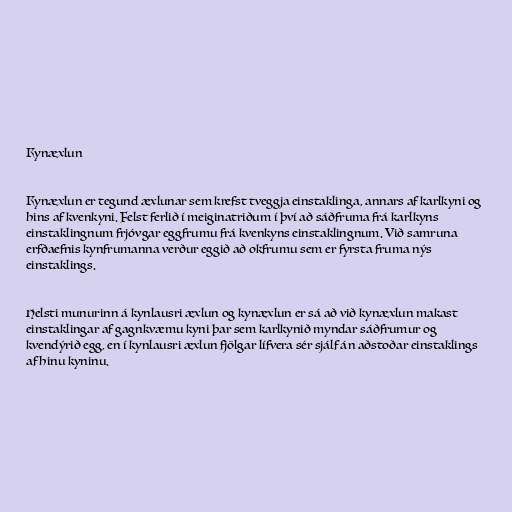
Kynæxlun

Kynæxlun er tegund æxlunar sem krefst tveggja einstaklinga, annars af karlkyni og
hins af kvenkyni. Felst ferlið í meiginatriðum í því að sáðfruma frá karlkyns
einstaklingnum frjóvgar eggfrumu frá kvenkyns einstaklingnum. Við samruna
erfðaefnis kynfrumanna verður eggið að okfrumu sem er fyrsta fruma nýs
einstaklings.

Helsti munurinn á kynlausri æxlun og kynæxlun er sá að við kynæxlun makast
einstaklingar af gagnkvæmu kyni þar sem karlkynið myndar sáðfrumur og
kvendýrið egg, en í kynlausri æxlun fjölgar lífvera sér sjálf án aðstoðar einstaklings
af hinu kyninu.